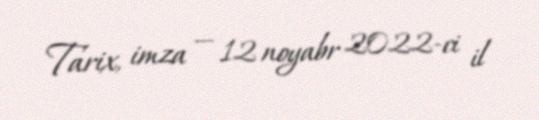
Tarix, imza — 12 noyabr 2022-ci il